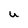
Character: u